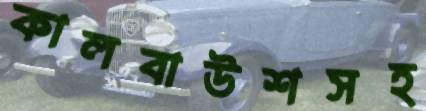
কালবাউশসহ